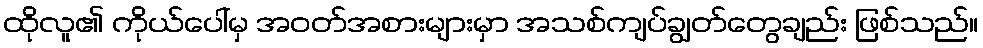
ထိုလူ၏ ကိုယ်ပေါ်မှ အဝတ်အစားများမှာ အသစ်ကျပ်ချွတ်တွေချည်း ဖြစ်သည်။